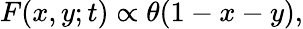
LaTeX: F(x,y;t)\propto\theta(1-x-y),